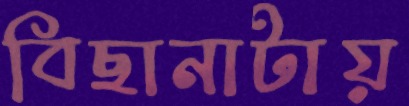
বিছানাটায়